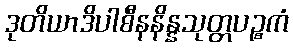
ဒုတိယာဒိပါစီနနိန္နသုတ္တပဉ္စကံ